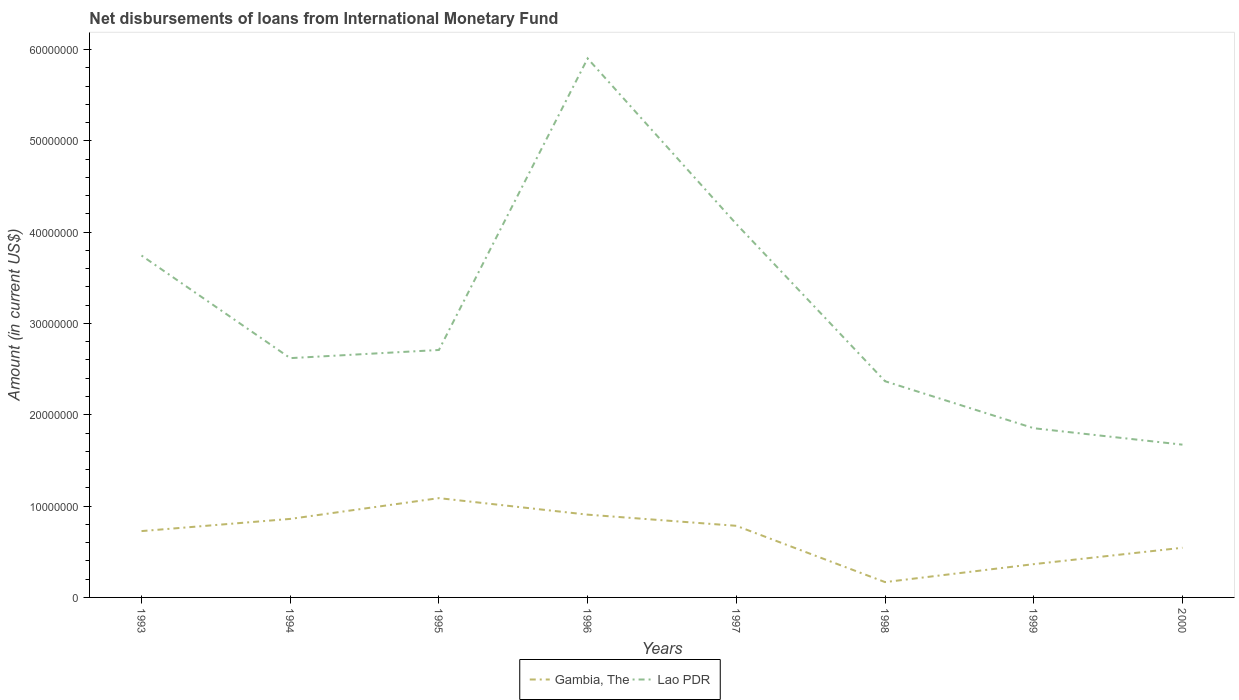
| Years | Gambia, The | Lao PDR |
 | --- | --- | --- |
 | 1993 | 7.26e+06 | 3.74e+07 |
 | 1994 | 8.6e+06 | 2.62e+07 |
 | 1995 | 1.09e+07 | 2.71e+07 |
 | 1996 | 9.06e+06 | 5.9e+07 |
 | 1997 | 7.84e+06 | 4.09e+07 |
 | 1998 | 1.68e+06 | 2.37e+07 |
 | 1999 | 3.64e+06 | 1.85e+07 |
 | 2000 | 5.44e+06 | 1.67e+07 |